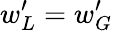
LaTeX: w_{L}^{\prime}=w_{G}^{\prime}